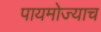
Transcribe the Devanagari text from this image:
पायमोज्याच